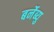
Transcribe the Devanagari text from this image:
बर्नेब्यु